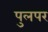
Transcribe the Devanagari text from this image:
पुलपर